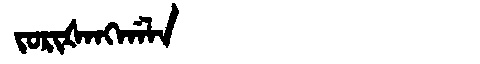
Manchu: ᠵᠣᡵᡳᡧᠠᠩᡤᠠᠯᠠ
Romanization: JORIŠANGGALA